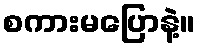
စကားမပြောနဲ့။